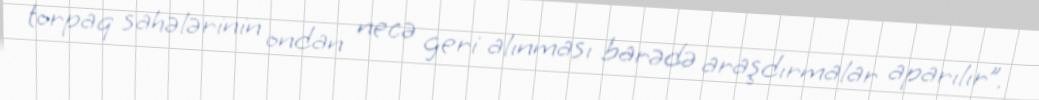
torpaq sahələrinin ondan necə geri alınması barədə araşdırmalar aparılır”.